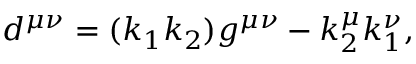
d ^ { \mu \nu } = ( k _ { 1 } k _ { 2 } ) g ^ { \mu \nu } - k _ { 2 } ^ { \mu } k _ { 1 } ^ { \nu } ,